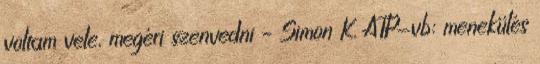
voltam vele, megéri szenvedni – Simon K. ATP-vb: menekülés